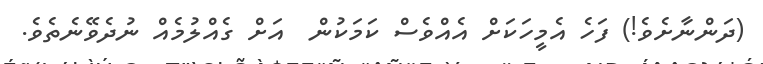
(ދަންނާށެވެ!) ފަހެ އެމީހަކަށް އެއްވެސް ކަމަކުން  އަށް ގެއްލުމެއް ނުދެވޭނެތެވެ.